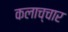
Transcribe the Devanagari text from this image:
कलाच्चार